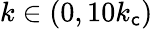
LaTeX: k\in(0,10k_{\mathsf{c}})